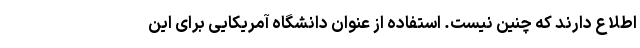
اطلاع دارند که چنین نیست. استفاده از عنوان دانشگاه آمریکایی برای این